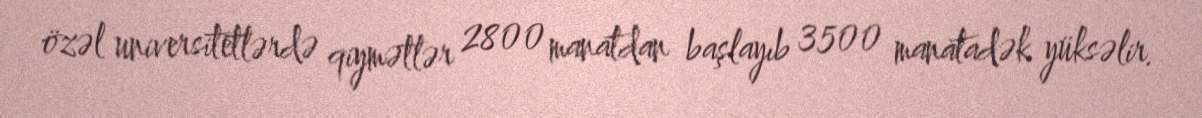
özəl universitetlərdə qiymətlər 2800 manatdan başlayıb 3500 manatadək yüksəlir.